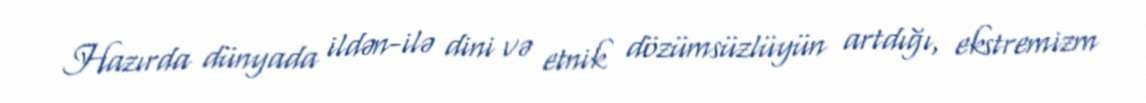
Hazırda dünyada ildən-ilə dini və etnik dözümsüzlüyün artdığı, ekstremizm